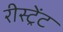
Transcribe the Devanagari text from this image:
रीस्ट्रेंट